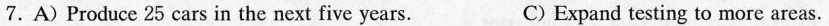
7.A)Produce 25 cars in the next five years. C) Expand testing to more areas.